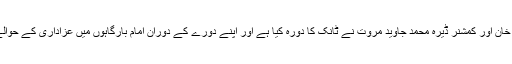
اس حوالے سے ریجنل پولیس آفیسر ڈیرہ اسماعیل خان اور کمشنر ڈیرہ محمد جاوید مروت نے ٹانک کا دورہ کیا ہے اور اپنے دورے کے دوران امام بارگاہوں میں عزاداری کے حوالے سے حفاظتی و دیگر انتظامات کا جائزہ لیا ہے۔